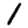
Digit: 1